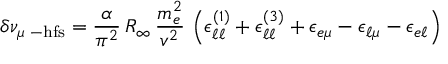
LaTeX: \delta \nu _ { \mu \mathrm { \scriptsize ~ - h f s } } = \frac { \alpha } { \pi ^ { 2 } } \, R _ { \infty } \, \frac { m _ { e } ^ { 2 } } { v ^ { 2 } } \, \left( \epsilon _ { \ell \ell } ^ { ( 1 ) } + \epsilon _ { \ell \ell } ^ { ( 3 ) } + \epsilon _ { e \mu } - \epsilon _ { \ell \mu } - \epsilon _ { e \ell } \right)